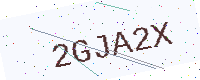
Text: 2GJA2X